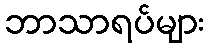
ဘာသာရပ်များ